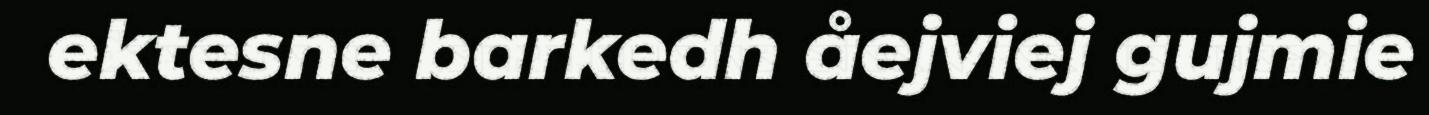
ektesne barkedh åejviej gujmie